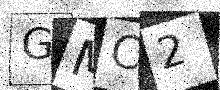
Text: GMC2